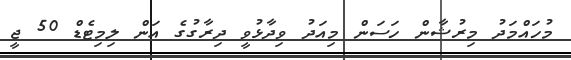
މުހައްމަދު މިރުޝާން ހަސަން މިއަދު ވިދާޅުވީ ދިރާގުގެ އަން ލިމިޓެޑް 50 ޖީ